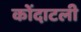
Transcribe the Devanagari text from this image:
कोंदाटली